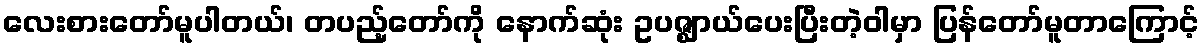
လေးစားတော်မူပါတယ်၊ တပည့်တော်ကို နောက်ဆုံး ဥပဇ္ဈာယ်ပေးပြီးတဲ့ဝါမှာ ပြန်တော်မူတာကြောင့်